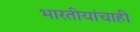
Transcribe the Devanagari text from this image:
भारतीयांचाही